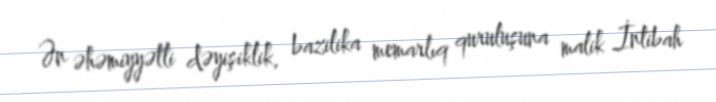
Ən əhəmiyyətli dəyişiklik, bazilika memarlıq quruluşuna malik İntibah